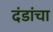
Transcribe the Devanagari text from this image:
दंडांचा